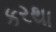
કરથા